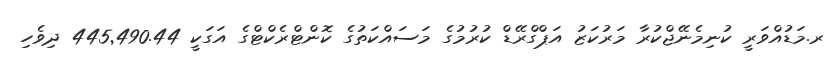
ރ.މަޑުއްވަރީ ކުނިމެނޭޖްކުރާ މަރުކަޒު އަޕްގްރޭޑް ކުރުމުގެ މަސައްކަތުގެ ކޮންޓްރެކްޓްގެ އަގަކީ 445